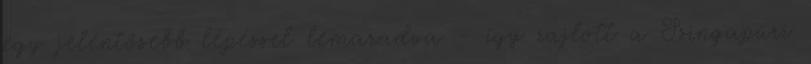
egy jelentősebb lépéssel lemaradva - így zajlott a Szingapúri